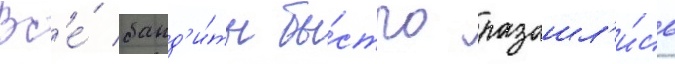
Вс'е́ банд'и́ты бы́стро разошл'и́сь